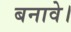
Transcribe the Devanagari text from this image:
बनावे।